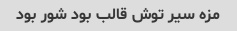
مزه سیر توش قالب بود شور بود